Report on lock hospitals in British Burma
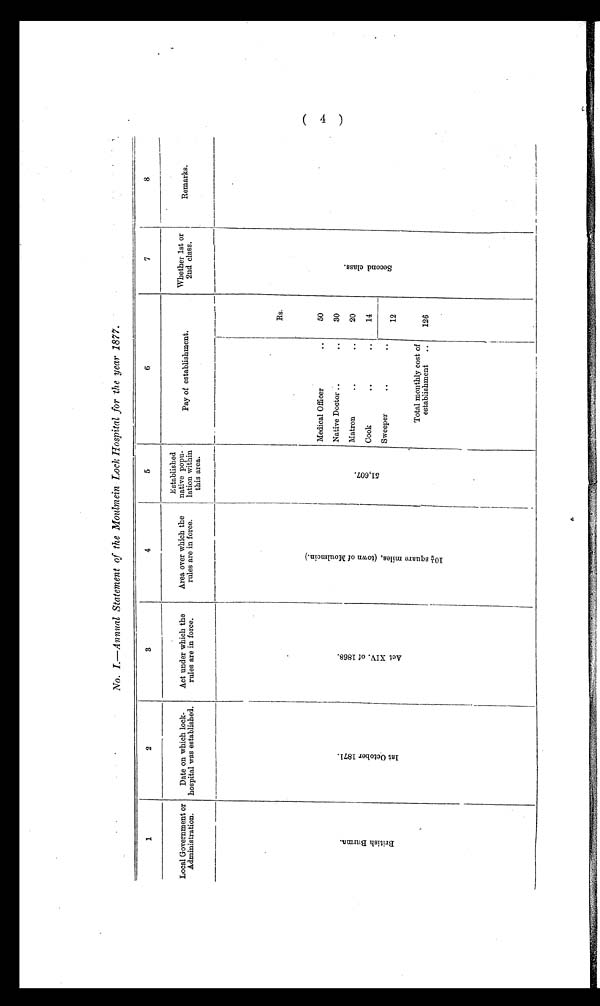
No. I.—Annual Statement of the Moulmein Lock hospital for the year 1877.
1
2
3
4
5
6
7
8
Local Government or
Administration.
Date on which lock-
hospital was established.
Act under which the
rules are in force.
Area over which the
rules are in force.
Established
native popu-
lation within
this area.
Pay of establishment.
Whether 1st or
2nd class.
Remarks.
B r i t i s h B u r m a .
1 s t O c t o b e r 1 8 7 1 .
A c t X I V . o f 1 8 6 8 .
1 0 ½ s q u a r e m i l e s , ( t o w n o f M o u l m e i n . )
5 1 , 6 0 7 .
Me d i c a l Of f i c e r . .
Rs.
S c o n d c l a s s .
50
Native Doctor.. ..
30
Matron
..
..
20
Cook
..
..
14
Sweeper..
..
12
Total monthly cost of
establishment ..
126
(4)